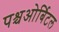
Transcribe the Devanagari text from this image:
पश्चओर्बिटल